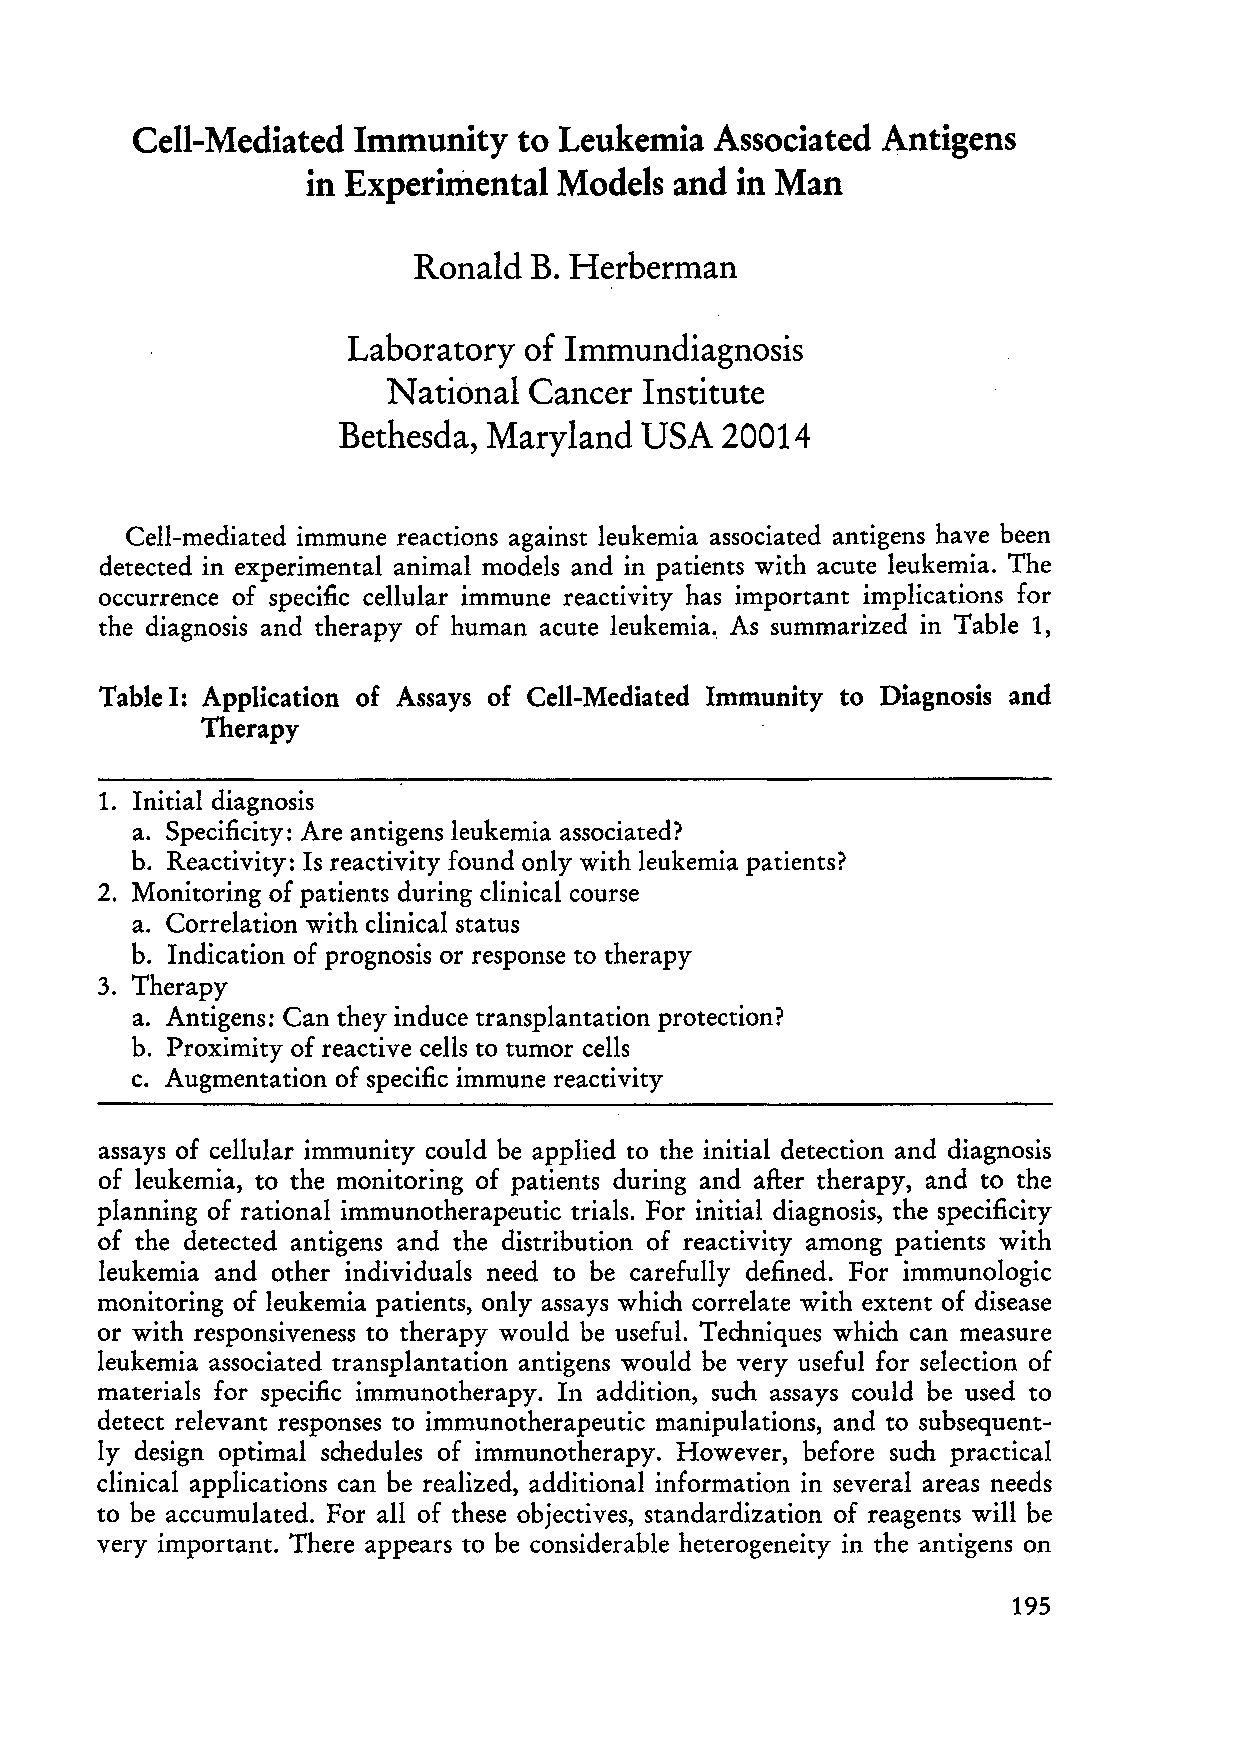
Cell-Mediated  Immunity  to Leukemia  Associated Antigens
 in Experimental  Models  and in Man
 Ronald  B. Herberman
 Laboratory  of Immundiagnosis
 National Cancer  Institute
 Bethesda, Maryland  USA  20014
 Ce11-mediated immune reaetions against leukemia assoeiated antigens have been
 deteeted in experimental animal models and in patients with aeute leukemia. The
 oeeurrenee of speeifie eellular immune reaetivity has important implications for
 the diagnosis and therapy of human acute leukemia., As summarized in Table 1,
 Table I: Application of Assays of Cell-Mediated Immunity to Diagnosis and
 Therapy
 1. Initial diagnosis
 a. Speeificity: Are antigens leukemia associated?
 b. Reactivity: Is reactivity found only with leukemia patients?
 2. Monitoring of patients during clinical course
 a. Correlation with clinical status
 b. Indication of prognosis or response to therapy
 3. Therapy
 a. Antigens: Can they induce transplantation protection?
 b. Proximity of reaetive cells to tumor cells
 c. Augmentation of specific immune reactivity
 assays of ce11ular immunity could be applied to the initial detection and diag nosis
 of leukemia, to the monitoring of patients during and after therapy, and to the
 planning of rational immunotherapeutic trials. For initial diagnosis, the specificity
 of the detected antigens and the distribution of reaetivity among patients with
 leukemia and other individuals need to be earefu11y defined. For immunologie
 monitoring of leukemia patients, only assays which eorrelate with extent of disease
 or with responsiveness to therapy would be useful. Techniques which ean measure
 leukemia assoeiated transplantation antigens would be very useful for seleetion of
 materials for specific immunotherapy. In addition, such assays could be used to
 detect relevant responses to immunotherapeutic manipulations, and to subsequent
 ly design optimal schedules of immunotherapy. However, before such praetical
 clinical applieations can be realized, additional information in several areas needs
 to be aceumulated. For a11 of these objeetives, standardization of reagents will be
 very important. There appears to be eonsiderable heterogeneity in the antigens on
 195